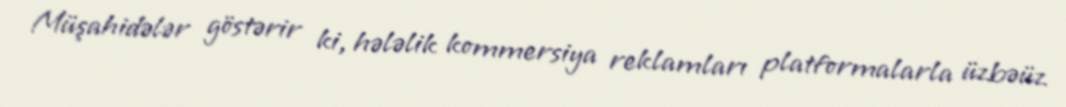
Müşahidələr göstərir ki, hələlik kommersiya reklamları platformalarla üzbəüz